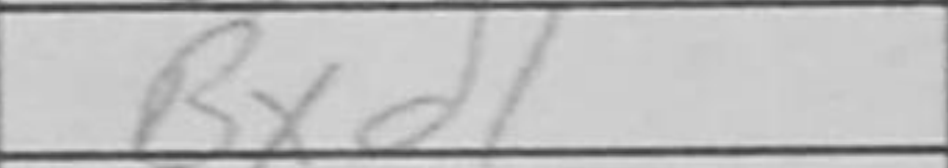
Transcription: Bxd1